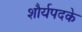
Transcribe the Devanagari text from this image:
शौर्यपदके